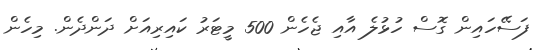
ފަސޭހައިން ގޮސް ހުޅުލެ އާއި ޖެހެން 500 މީޓަރު ކައިރިއަށް ދަންދެން. މިހެން